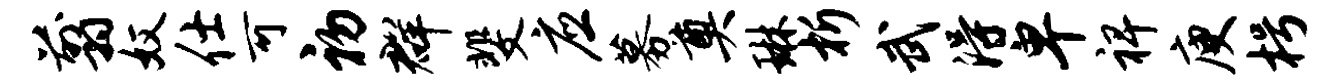
翦奴仕可初群斐应募奠琳析武得卑裨庾枵